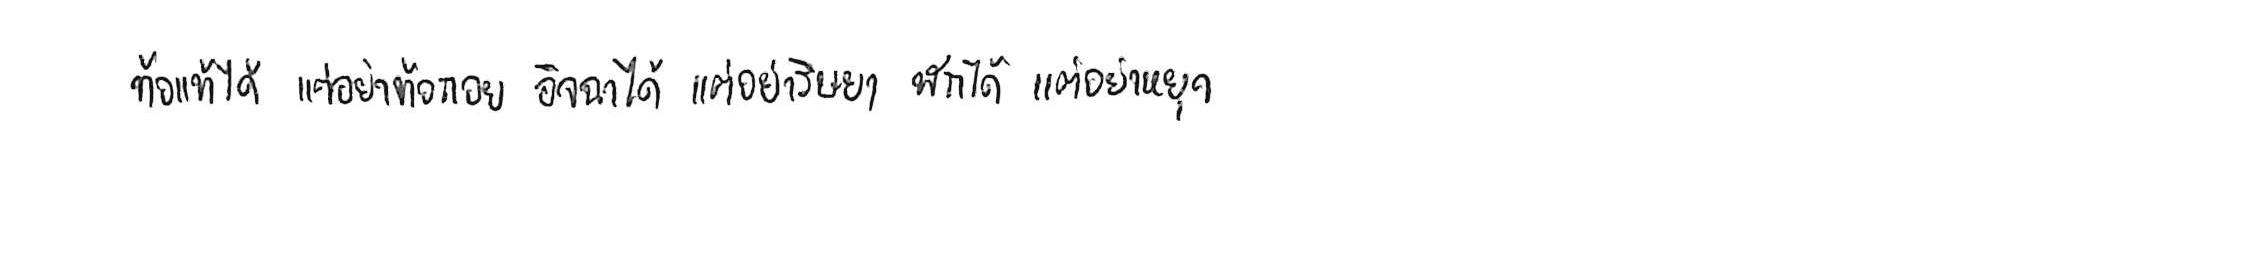
ท้อแท้ได้ แต่อย่าท้อถอย อิจฉาได้ แต่อย่าริษยา พักได้ แต่อย่าหยุด